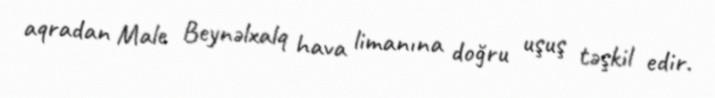
aqradan Male Beynəlxalq hava limanına doğru uşuş təşkil edir.